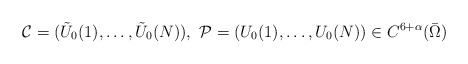
\begin{align*}\mathcal C=(\tilde U_0(1),\dots,\tilde U_0(N)),\,\, \mathcal P=( U_0(1),\dots, U_0(N))\in C^{6+\alpha}(\bar\Omega)\end{align*}